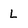
Character: L